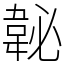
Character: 䪐